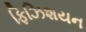
ફિઝિશયન